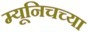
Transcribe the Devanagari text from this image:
म्यूनिचच्या